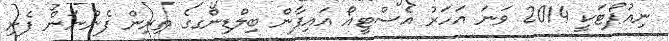
ނިއުޕޯޓަކީ 2014 ވަނަ އަހަރު އެސްޓީއޯ އައިފާން ބިލްޑިންގގެ ތިރިން ފެންނަން ފެށި